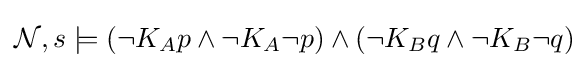
{\mathcal {N}},s\models (\neg K_{A}p\land \neg K_{A}\neg p)\land (\neg K_{B}q\land \neg K_{B}\neg q)